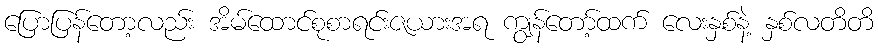
ပြောပြန်တော့လည်း အိမ်ထောင်စုစာရင်းဇယားအရ ကျွန်တော့်ထက် လေးနှစ်နဲ့ နှစ်လတိတိ